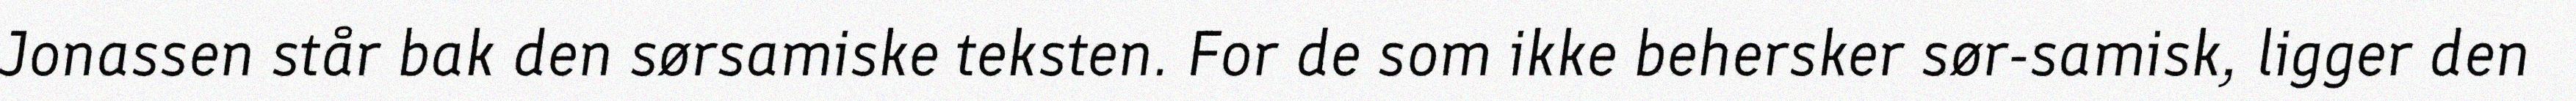
Jonassen står bak den sørsamiske teksten. For de som ikke behersker sør-samisk, ligger den